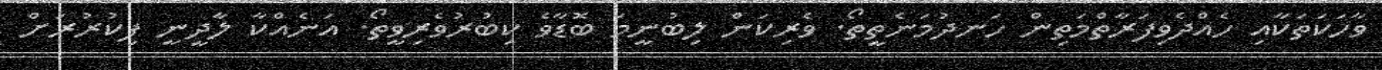
ވާހަކަތަކާއި ހެއްދެވިފަރާތްމަތިން ހަނދުމަނެތީތޯ. ވެރިކަން ލިބުނީމަ ބޮޑާވެ ކިބުރުވެރިވީތޯ. އަނެއްކާ ލާދީނީ ފިކުރުރަށް